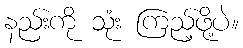
နည်းကို သုံး ကြည့်ဖို့ပဲ။